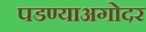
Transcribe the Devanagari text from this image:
पडण्याअगोदर